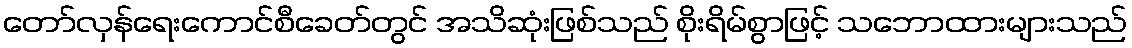
တော်လှန်ရေးကောင်စီခေတ်တွင် အသိဆုံးဖြစ်သည် စိုးရိမ်စွာဖြင့် သဘောထားများသည်